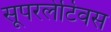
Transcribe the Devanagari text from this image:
सूपरलेटिवस